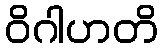
ဝိဂါဟတိ